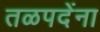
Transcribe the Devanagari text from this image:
तळपदेंना